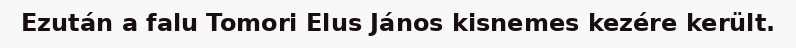
Ezután a falu Tomori Elus János kisnemes kezére került.